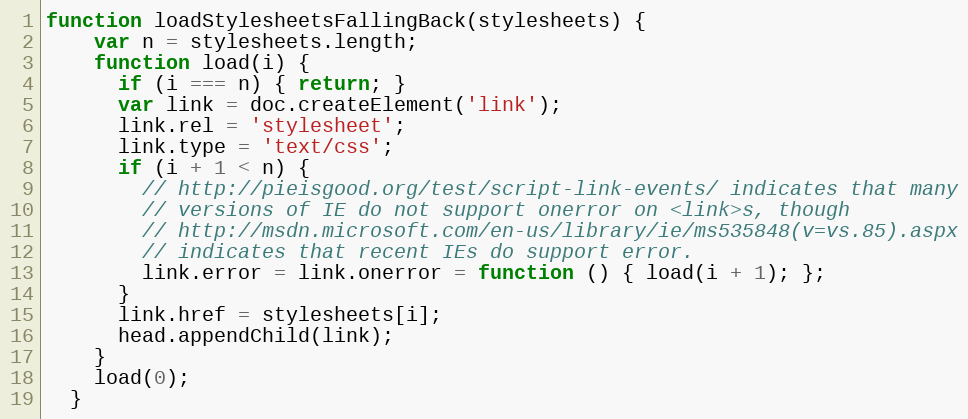
Language: JavaScript
function loadStylesheetsFallingBack(stylesheets) {
    var n = stylesheets.length;
    function load(i) {
      if (i === n) { return; }
      var link = doc.createElement('link');
      link.rel = 'stylesheet';
      link.type = 'text/css';
      if (i + 1 < n) {
        // http://pieisgood.org/test/script-link-events/ indicates that many
        // versions of IE do not support onerror on <link>s, though
        // http://msdn.microsoft.com/en-us/library/ie/ms535848(v=vs.85).aspx
        // indicates that recent IEs do support error.
        link.error = link.onerror = function () { load(i + 1); };
      }
      link.href = stylesheets[i];
      head.appendChild(link);
    }
    load(0);
  }